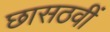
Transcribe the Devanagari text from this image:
छासठवीं